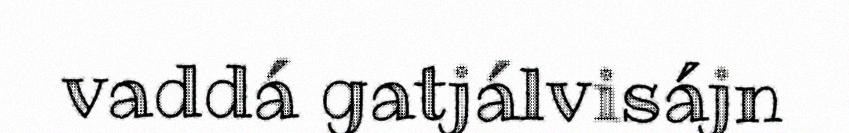
vaddá gatjálvisájn